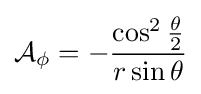
{\mathcal {A}}_{\phi }=-{\frac {\cos ^{2}{\theta  \over 2}}{r\sin {\theta }}}